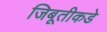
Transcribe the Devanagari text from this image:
जिबूतीकडे